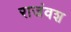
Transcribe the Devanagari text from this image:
राजंवश